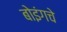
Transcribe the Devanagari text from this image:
बोइंगचे